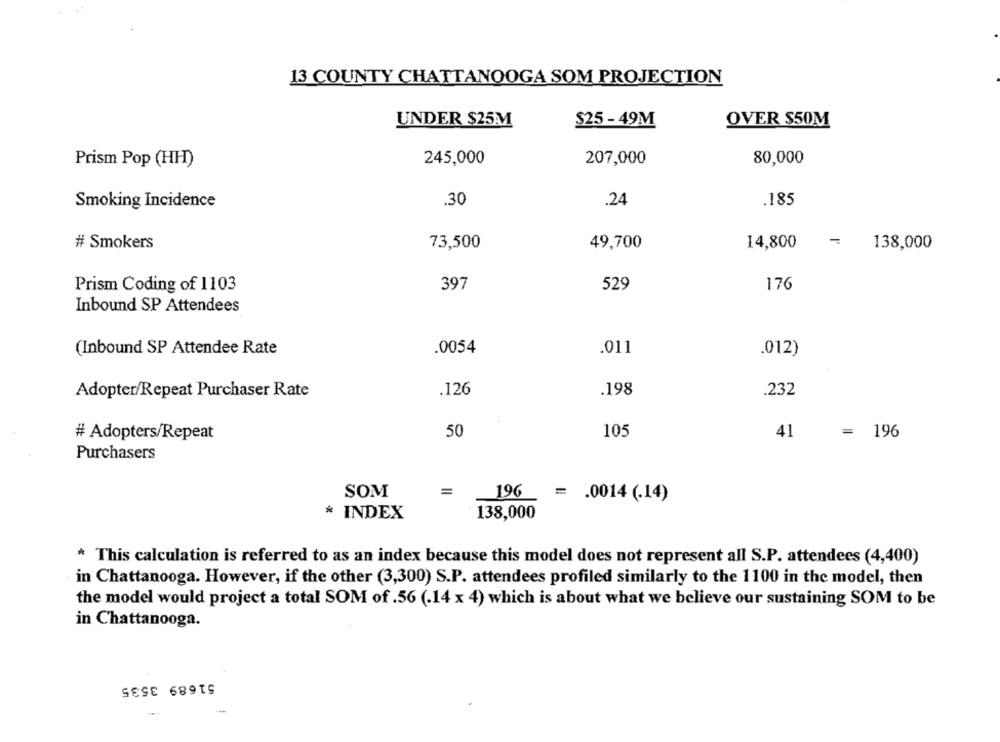
13 COUNTY CHATTANOOGA SOM PROJECTION
UNDER $25M
$25 -49M
OVER $50M
Prism Pop (HH)
245,000
207,000
80,000
Smoking Incidence
.30
.24
.185
# Smokers
73,500
49,700
-
14,800
138,000
Prism Coding of 1103
397
529
176
Inbound SP Attendees
.0054
(Inbound SP Attendee Rate
.011
.012)
Adopter/Repeat Purchaser Rate
.126
.198
.232
# Adopters/Repeat
50
105
41
= 196
Purchasers
SOM
=
196
= . 0014 (.14)
* INDEX
138,000
* This calculation is referred to as an index because this model does not represent all S.P. attendees (4,400)
in Chattanooga. However, if the other (3,300) S.P. attendees profiled similarly to the 1100 in the model, then
the model would project a total SOM of .56 (.14 x 4) which is about what we believe our sustaining SOM to be
in Chattanooga.
51689 3535